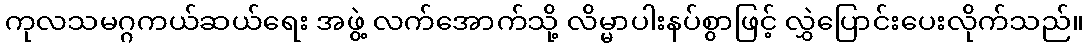
ကုလသမဂ္ဂကယ်ဆယ်ရေး အဖွဲ့ လက်အောက်သို့ လိမ္မာပါးနပ်စွာဖြင့် လွှဲပြောင်းပေးလိုက်သည်။